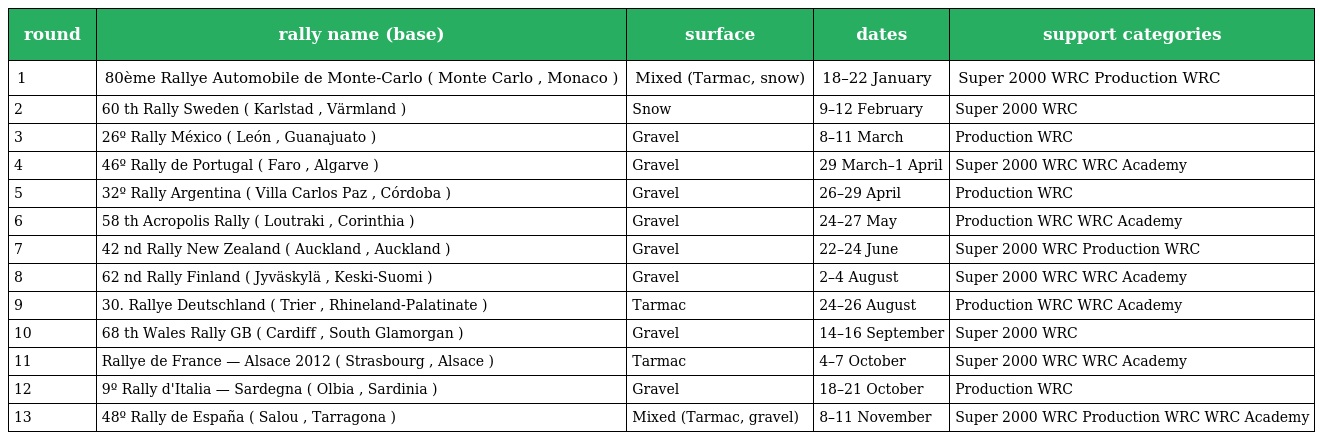
| round | rally name (base) | surface | dates | support categories |
 | --- | --- | --- | --- | --- |
 | 1 | 80ème Rallye Automobile de Monte-Carlo ( Monte Carlo , Monaco ) | Mixed (Tarmac, snow) | 18–22 January | Super 2000 WRC Production WRC |
 | 2 | 60 th Rally Sweden ( Karlstad , Värmland ) | Snow | 9–12 February | Super 2000 WRC |
 | 3 | 26º Rally México ( León , Guanajuato ) | Gravel | 8–11 March | Production WRC |
 | 4 | 46º Rally de Portugal ( Faro , Algarve ) | Gravel | 29 March–1 April | Super 2000 WRC WRC Academy |
 | 5 | 32º Rally Argentina ( Villa Carlos Paz , Córdoba ) | Gravel | 26–29 April | Production WRC |
 | 6 | 58 th Acropolis Rally ( Loutraki , Corinthia ) | Gravel | 24–27 May | Production WRC WRC Academy |
 | 7 | 42 nd Rally New Zealand ( Auckland , Auckland ) | Gravel | 22–24 June | Super 2000 WRC Production WRC |
 | 8 | 62 nd Rally Finland ( Jyväskylä , Keski-Suomi ) | Gravel | 2–4 August | Super 2000 WRC WRC Academy |
 | 9 | 30. Rallye Deutschland ( Trier , Rhineland-Palatinate ) | Tarmac | 24–26 August | Production WRC WRC Academy |
 | 10 | 68 th Wales Rally GB ( Cardiff , South Glamorgan ) | Gravel | 14–16 September | Super 2000 WRC |
 | 11 | Rallye de France — Alsace 2012 ( Strasbourg , Alsace ) | Tarmac | 4–7 October | Super 2000 WRC WRC Academy |
 | 12 | 9º Rally d'Italia — Sardegna ( Olbia , Sardinia ) | Gravel | 18–21 October | Production WRC |
 | 13 | 48º Rally de España ( Salou , Tarragona ) | Mixed (Tarmac, gravel) | 8–11 November | Super 2000 WRC Production WRC WRC Academy |